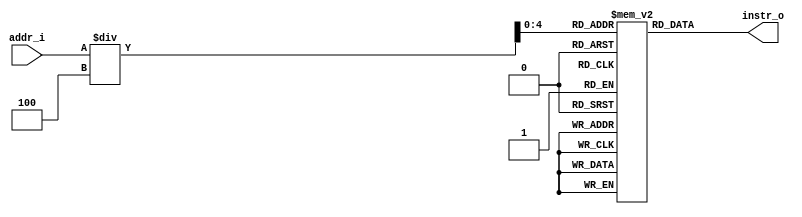
`timescale 1ns / 1ps
//Subject:     CO project 4 - Instruction Memory
//--------------------------------------------------------------------------------
//Version:     1
//--------------------------------------------------------------------------------
//Writer:      
//----------------------------------------------
//Date:        
//----------------------------------------------
//Description: 
//--------------------------------------------------------------------------------
module Instruction_Memory(
    addr_i,
    instr_o
    );

// Interface
input   [31:0]  addr_i;
output  [31:0]  instr_o;

// Instruction File
reg     [31:0]  instruction_file    [0:31];

assign  instr_o = instruction_file[addr_i / 4];  

endmodule